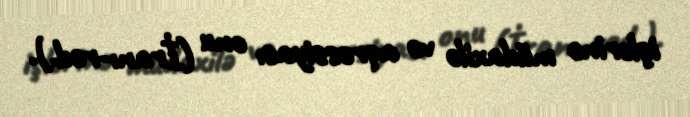
işlərinə müdaxilə və aqressiyası onu (İranı-red.).